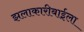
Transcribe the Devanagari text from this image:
झलाकारीबाईला